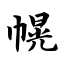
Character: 幌